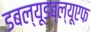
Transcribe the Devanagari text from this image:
डबल्यूडब्ल्यूएफ